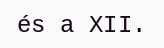
és a XII.